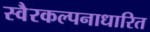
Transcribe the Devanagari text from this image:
स्वैरकल्पनाधारित